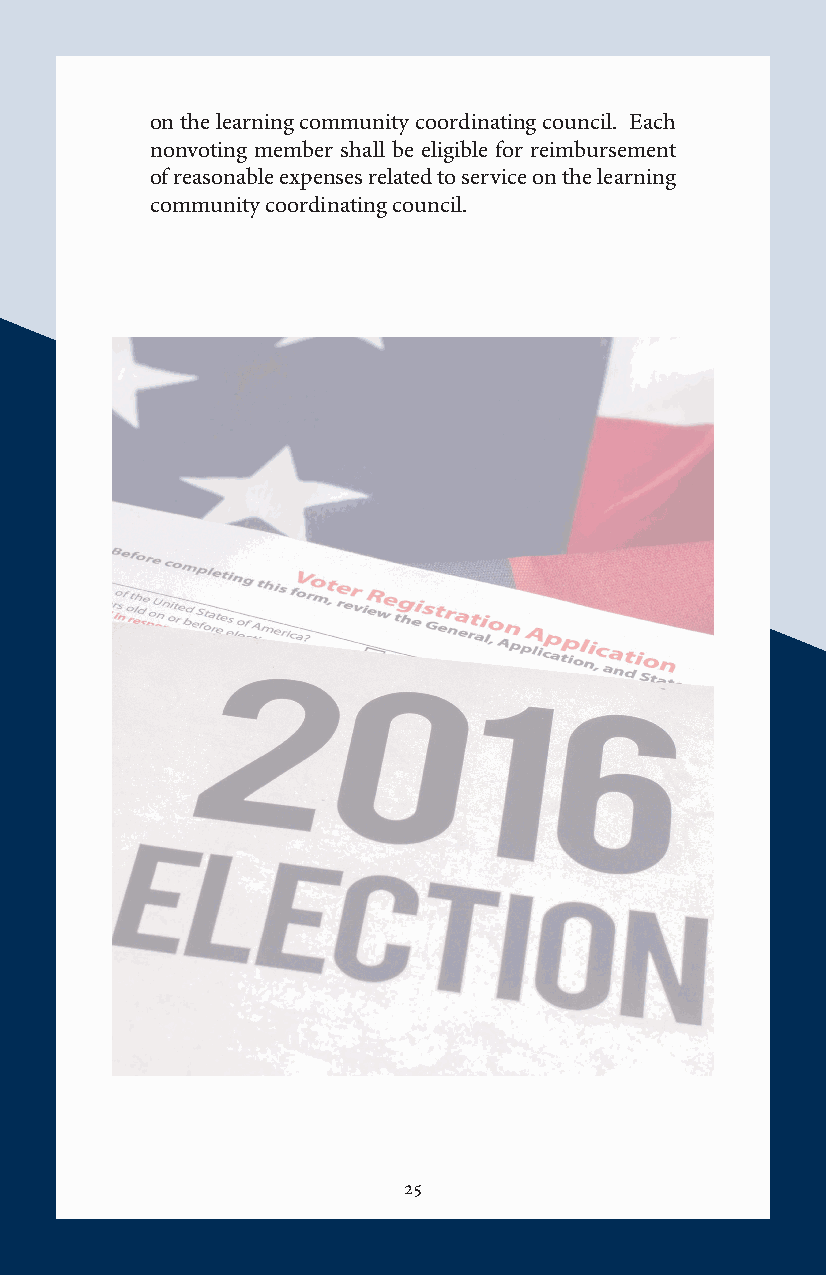
on the learning community coordinating council. Each
 nonvoting member shall be eligible for reimbursement
 of reasonable expenses related to service on the learning
 community coordinating council.
 25